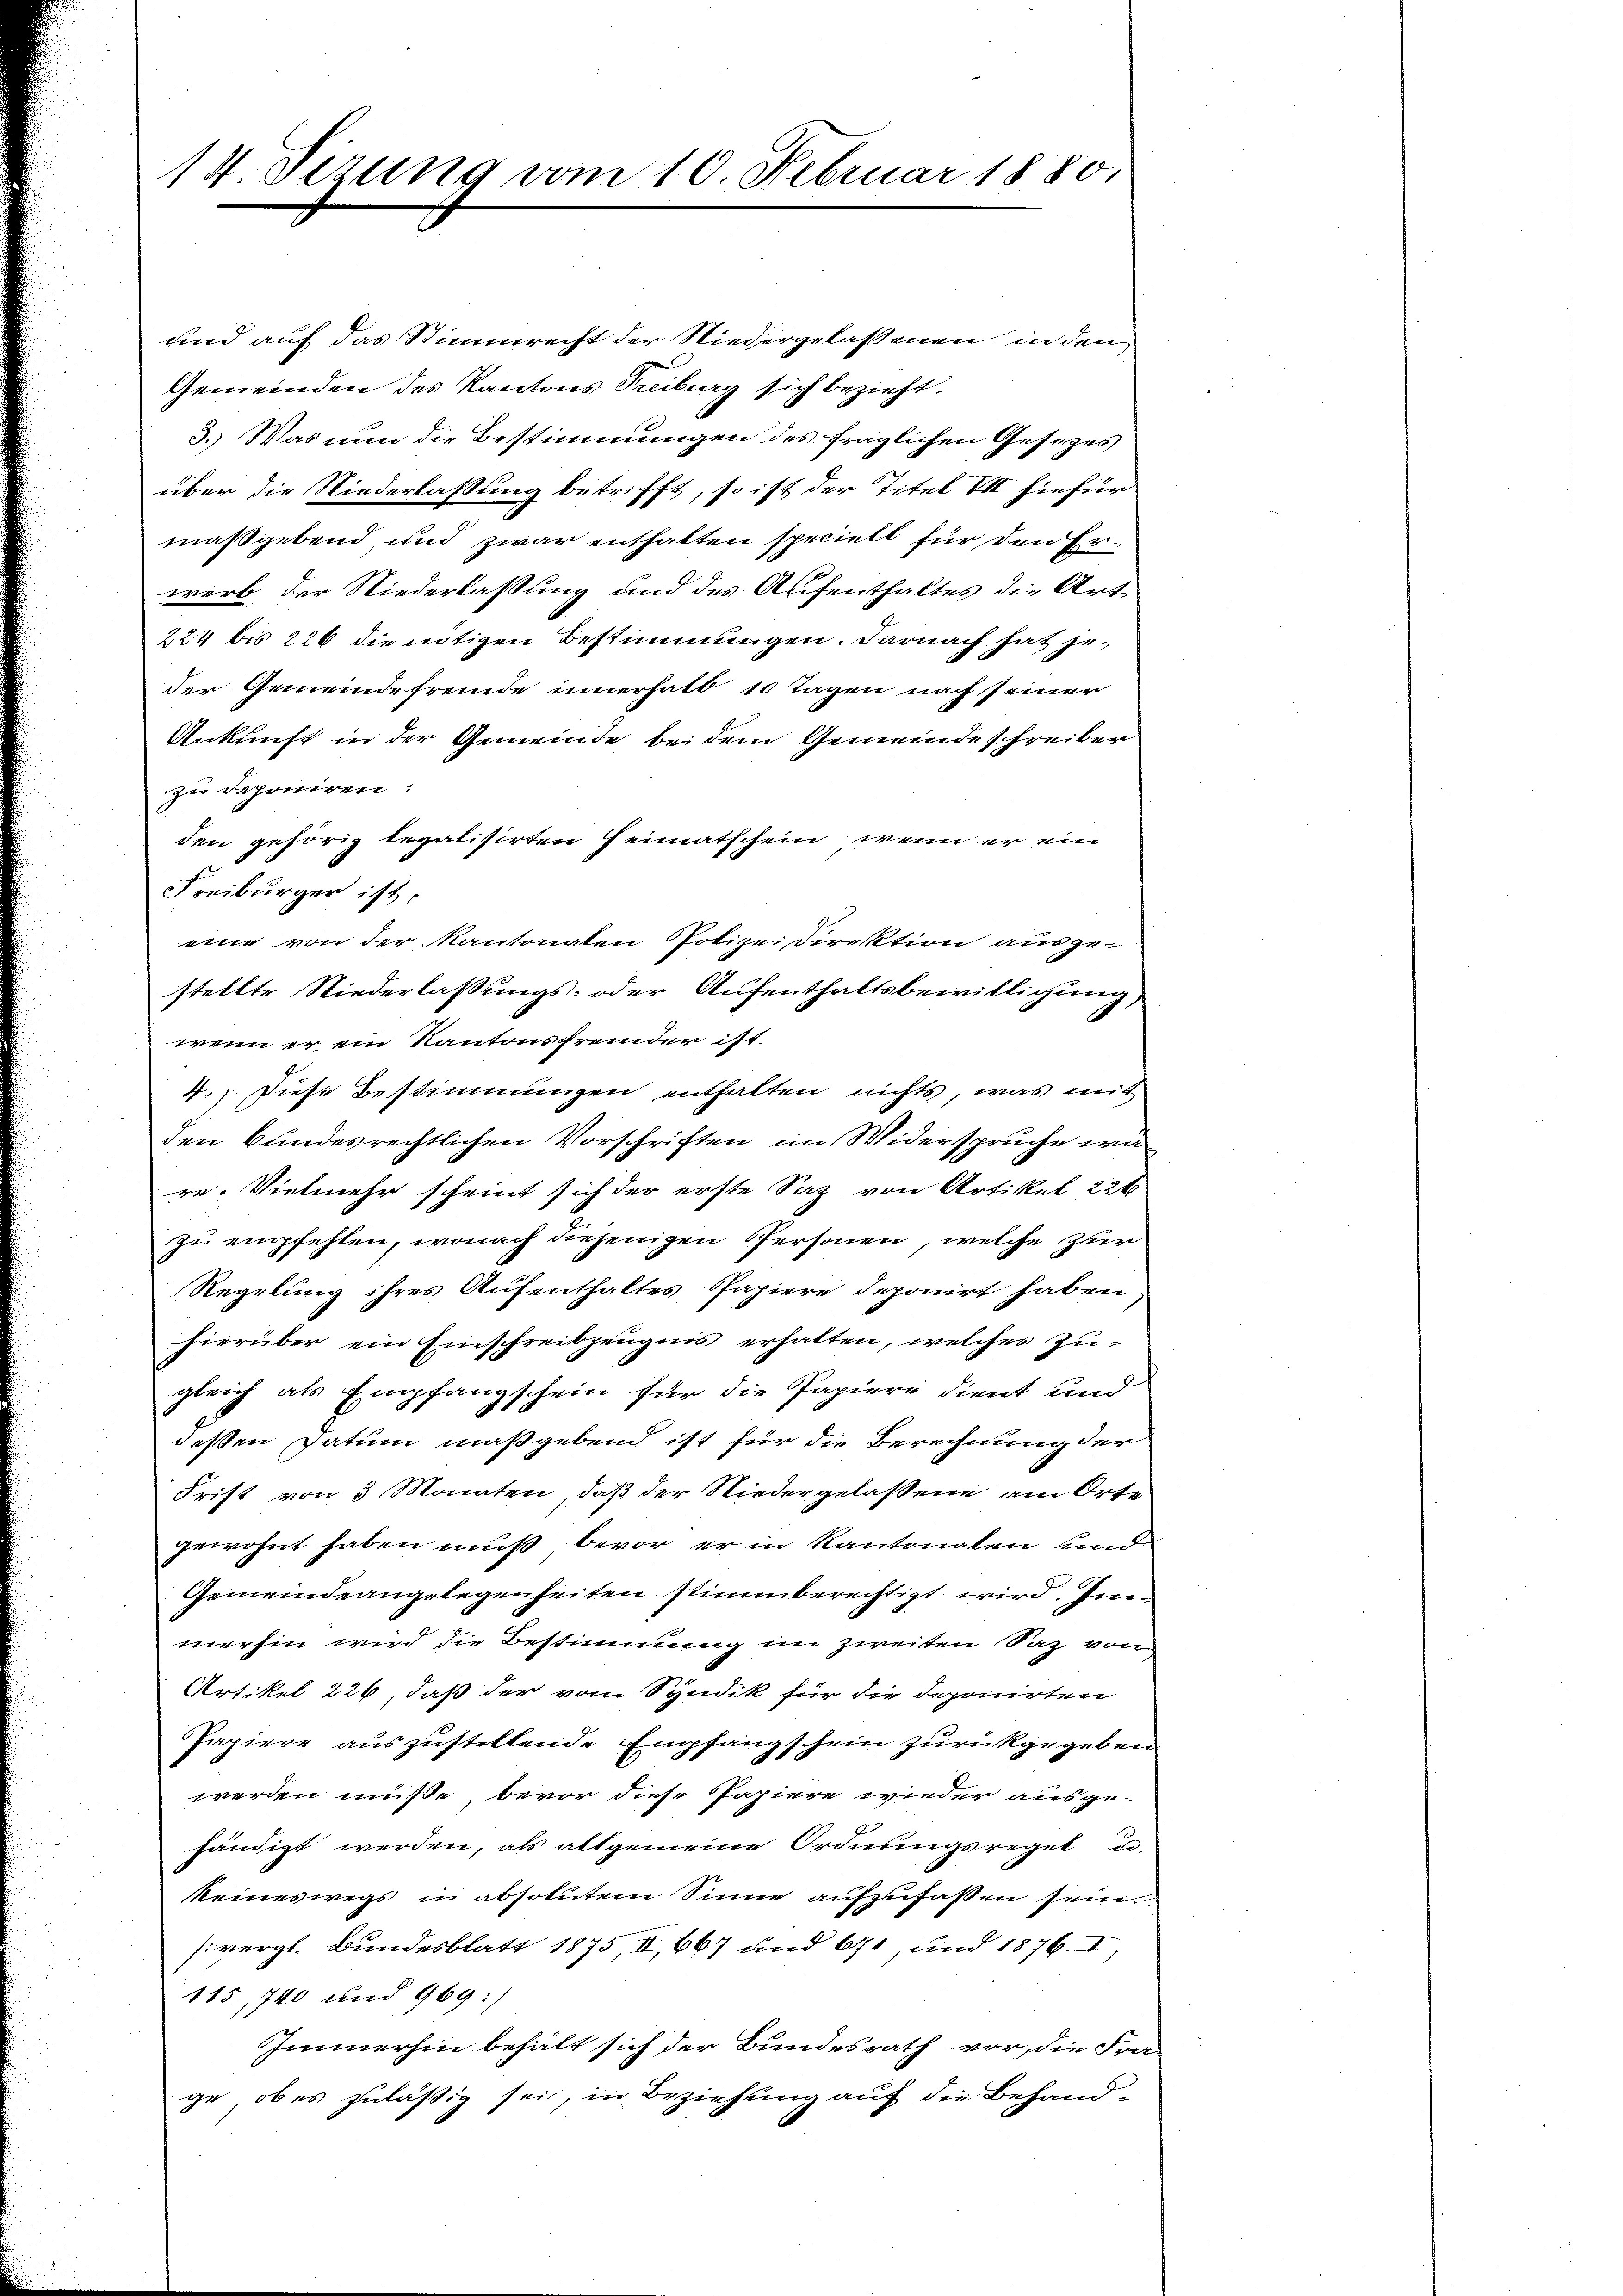
14. Sizung vom 10. Februar 1880,

und auf das Stimmrecht der Niedergelassenen in den
Gemeinden des Kantons Treiburg sich bezieht.
3.) Was nun die Bestimmungen des fraglichen Gesezes
über die Niederlassung betrifft, so ist der Titel VII. hiefür
maßgebend und zwar enthalten specielt für den Erwerb der Niederlassung und des Aufenthaltes die Art
224 bis 226 die nötigen Bestimmungen. Darnach hat jeder Gemeinde fremde innerhalb 10 Tagen nach seiner
Ankunft in der Gemeinde bei dem Gemeinde schreiber
zu deponiren:
den gehörig legalisirten Heimatschein, wenn er ein
Freiburger ist,
eine von der Kantonalen Polizei Direktion ausge-
stellte Niederlassungs- oder Aufenthaltsbewilligung
wenn er ein Kantonsfremder ist.
4.) Diese Bestimmungen enthalten nichts, was mit
den bundesrechtlichen Vorschriften im Widerspruche wa
re. Vielmehr scheint sich der erste Saz von Artikel 226
zu empfehlen, wonach diejenigen Personen, welche zur
Regelung ihres Aufenthaltes Papiere deponirt haben
hierüber ein Einschreibzeugnis erhalten, welches zugleich als Empfangschein für die Papiere dient und
dessen Datum maßgebend ist für die Berechnung der
Frist von 3 Monaten, daß der Niedergelassene am Orte
gewohnt haben muß, bevor er in Kantonalen und
Gemeindeangelegenheiten stimmberechtigt wird. Immerhin wird die Bestimmung im zweiten Saz von
Artikel 226, daß der vom Syndik für die deponirten
Papiere auszusteltende Empfangschein zurückgegeben.
werden müße, bevor diese Papiere wieder ausgehändigt werden, als altgemeine Ordnungsreget de
keineswegs in absolutem Sinne aufzufaßen sein.
(vergl. Bundesblatt 1875, II, 667 und 61, und 1876. II,
115, 740 und 969 :/
Immerhin behält sich der Bundesrath vor, die Fra-
ge, ob es zuläßig sei, in Beziehung auf die Behand¬